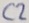
Text: C2